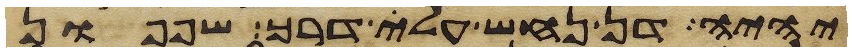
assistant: יהיה דן נחש עלה דרך שפפון